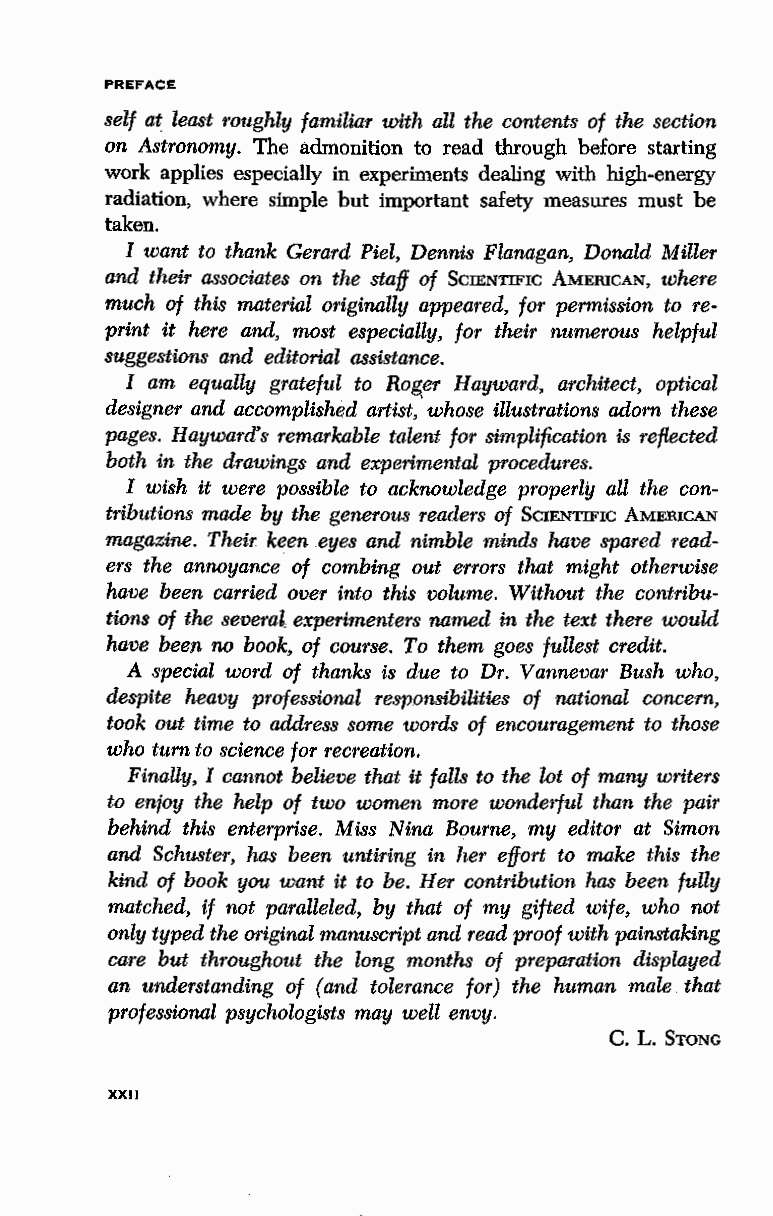
PREFACE
 self at least roughly familiar with all the contents of the section
 on Astronomy. The admonition to read through before starting
 work applies especially in experiments dealing with high-energy
 radiation, where simple but important safety measures must be
 taken.
 I want to thank Gerard Piel, Dennis Flanagan, Donald Miller
 and their associates on the staff of SciENTIFIC AMERICAN, where
 much of this material originally appeared, for permission to re
 print it here and, most especially, for their numerous helpful
 suggestions and editorial assistance.
 I am equally grateful to Rog_er Hayward, architect, optical
 designer and accomplished artist,· whose illustrations adorn these
 pages. Hayward's remarkable talent for simplification is reflected
 both in the drawings and experimental procedures.
 I wish it were possible to acknowledge properly all the con
 tributions made by the generous readers of SciENTIFIC AMERICAN
 magazine. Their keen eyes and nimble minds have spared read
 ers the annoyance of combing out errors that might otherwise
 have been carried over into this volume. Without the contribu
 tions of the several, experimenters named in the text there would
 have been no book, of course. To them goes fullest credit.
 A special word of thanks is due to Dr. Vannevar Bush who,
 despite heavy professional responsibilities of national concern,
 took out time to address some words of encouragement to those
 who turn to science for recreation.
 Finally, I cannot believe that it falls to the lot of many writers
 to enjoy the help of two women more wonderful than the pair
 behind this enterprise. Miss Nina Bourne, my editor at Simon
 and Schuster, has been untiring in her effort to make this the
 kind of book you want it to be. Her contribution has been fully
 matched, if not paralleled, by that of my gifted wife, who not
 only typed the original manuscript and read proof with painstaking
 care but throughout the long months of preparation displayed
 an understanding of (and tolerance for) the human male that
 professional psychologists may well envy.
 c.
 L. STONG
 XXII